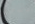
نبي